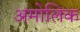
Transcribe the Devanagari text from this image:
अमोलिक